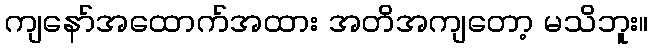
ကျနော်အထောက်အထား အတိအကျတော့ မသိဘူး။